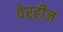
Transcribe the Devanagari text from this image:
वेरहीज